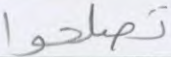
تصلحوا